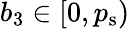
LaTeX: b_{3}\in[0,{p_{\mathrm{s}}})